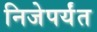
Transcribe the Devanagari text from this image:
निजेपर्यंत